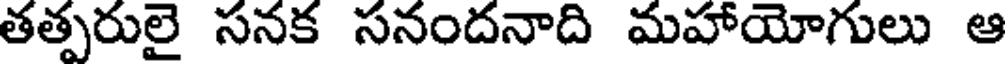
తత్పరులై సనక సనందనాది మహాయోగులు ఆ